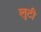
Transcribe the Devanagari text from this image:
लुटी